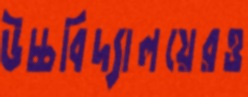
উচ্চবিদ্যালয়েরও